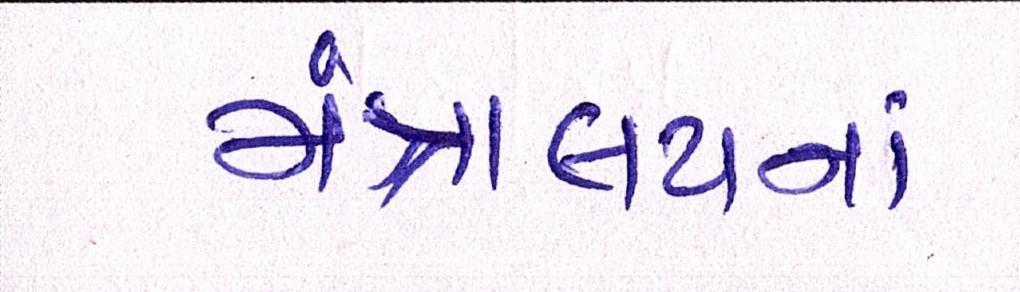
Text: મંત્રાલયનાં